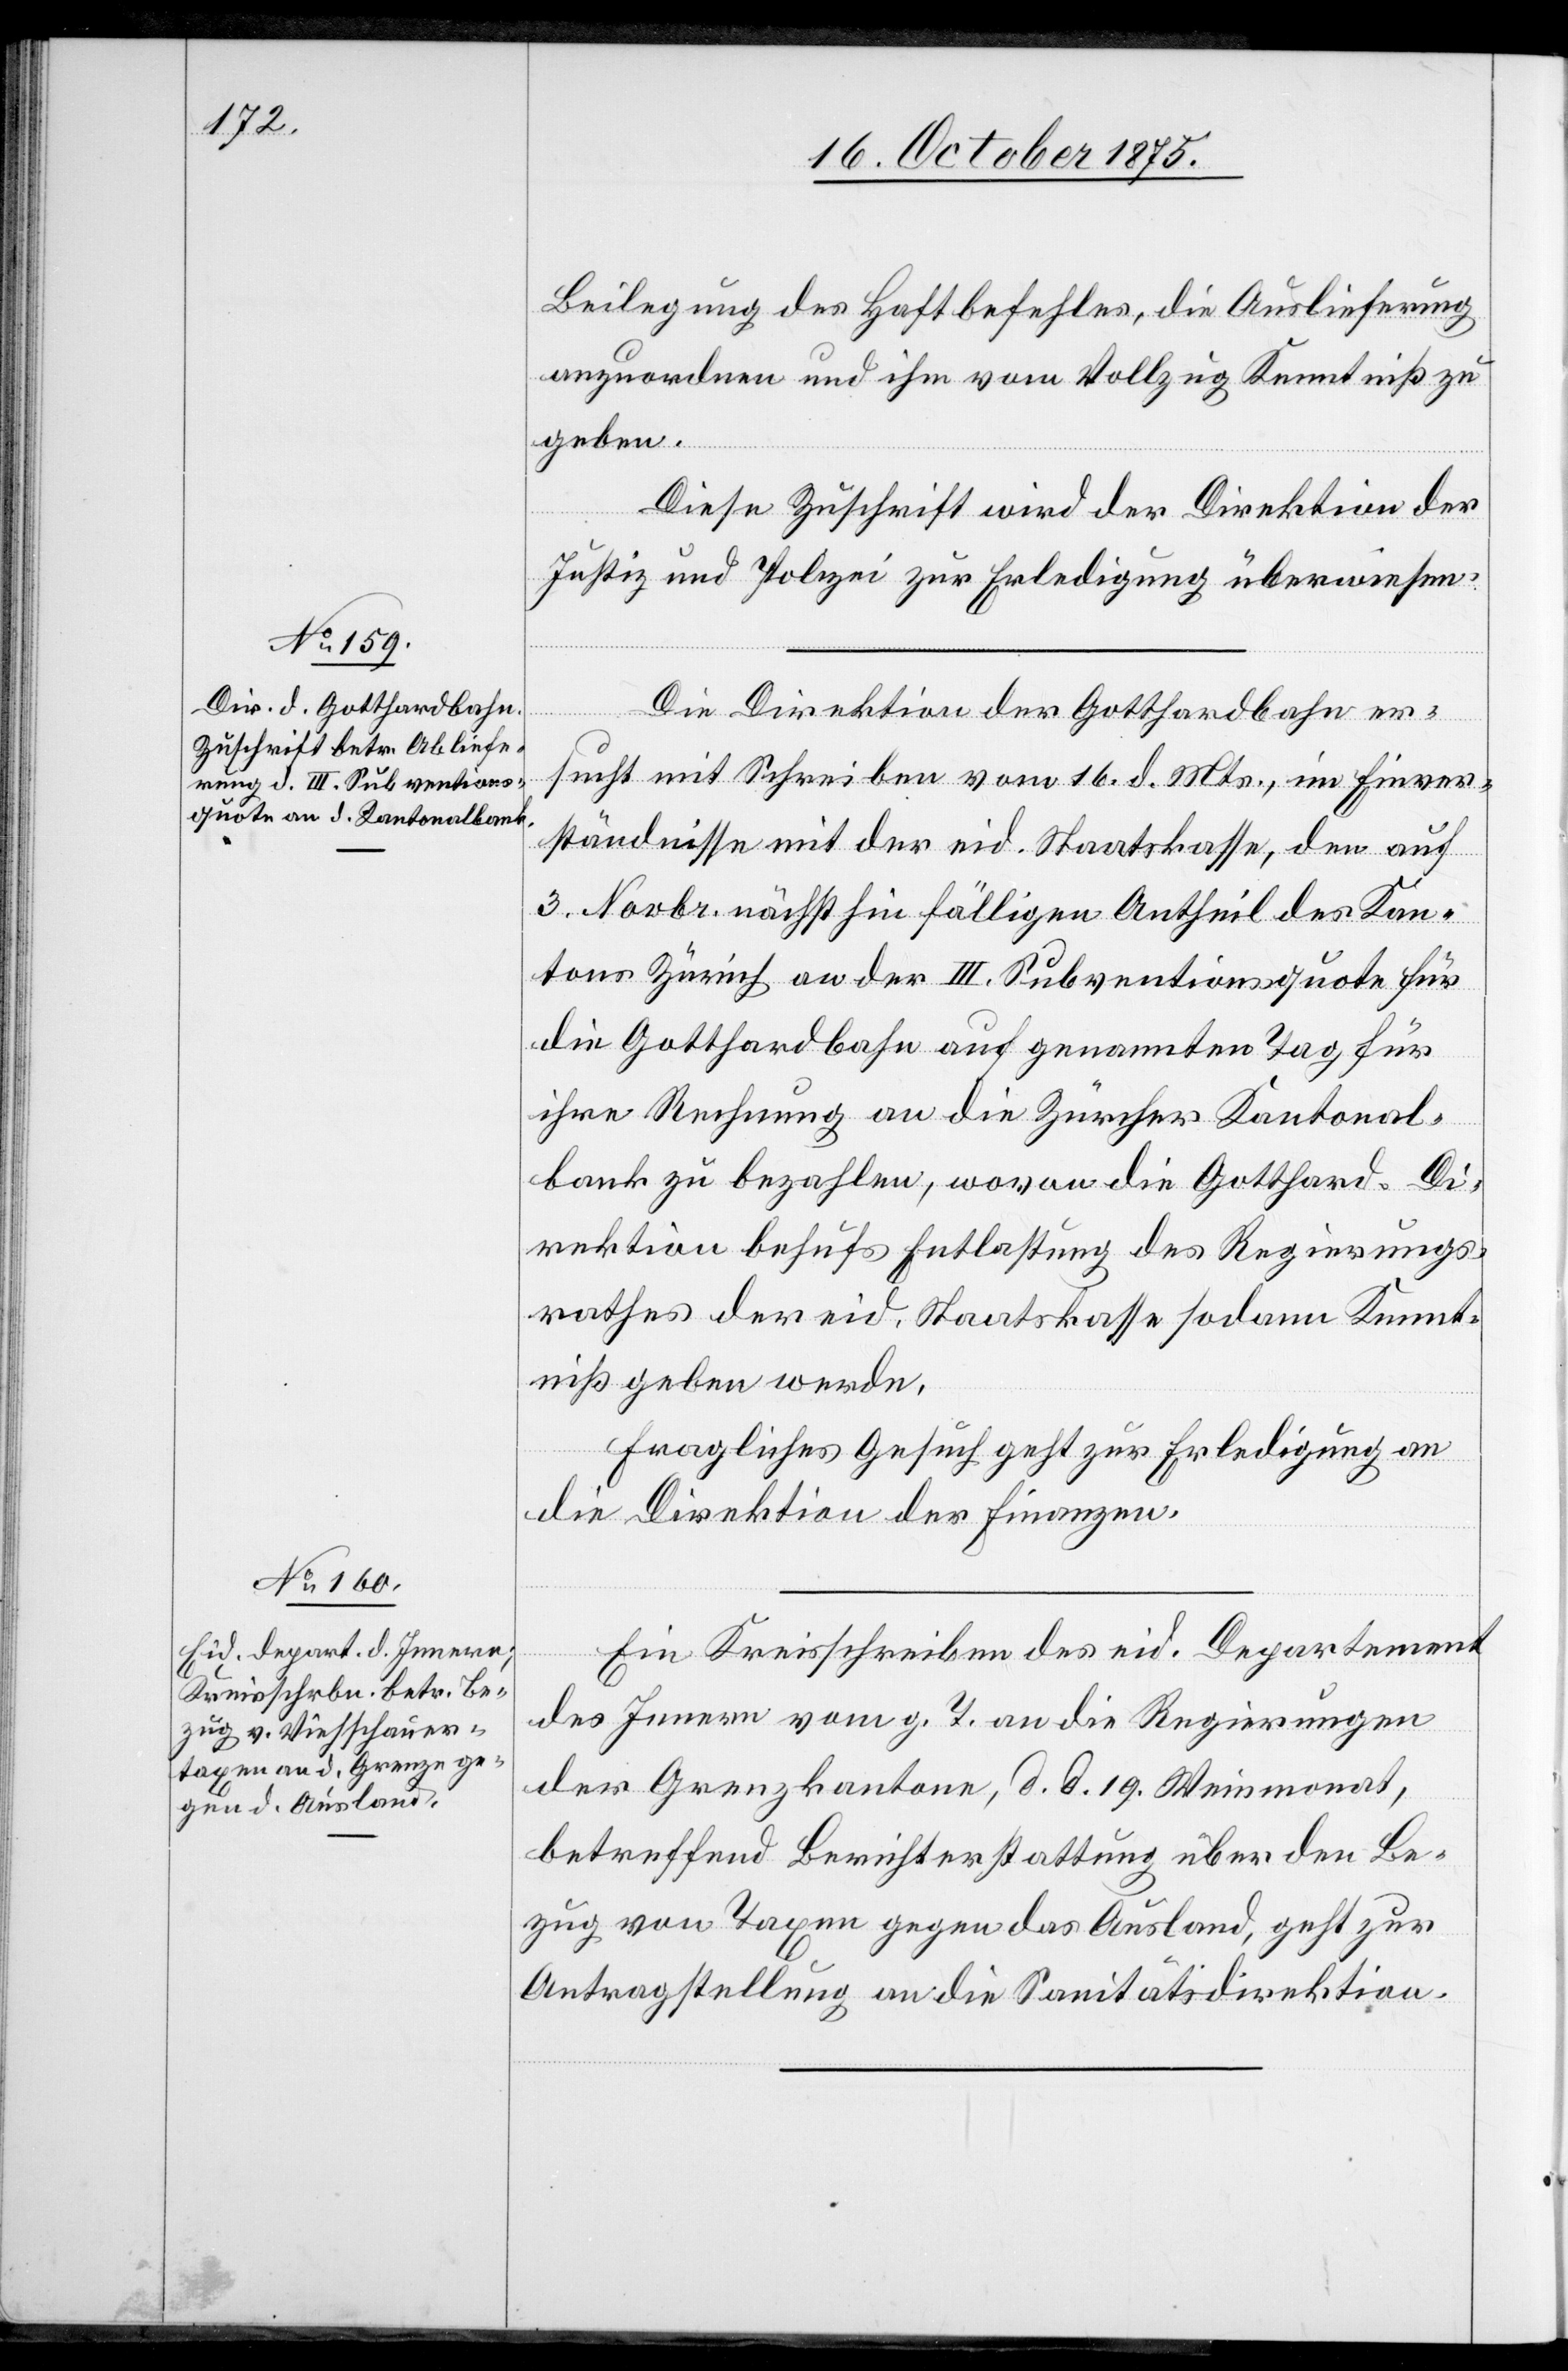
20. October 1875.]
Beilegung des Haftbefehles, die Auslieferung
anzuordnen und ihm vom Vollzug Kenntniß zu
geben.
Diese Zuschrift wird der Direktion der
Justiz und Polizei zur Erledigung überwiesen.
Departement
Die Direktion der Gotthardbahn er¬
des
sucht mit Schreiben vom 16. d. Mts., im Einver¬
ständnisse mit der eid. Staatskasse, den auf
3. Novbr. nächsthin fälligen Antheil des Kan¬
tons Zürich an der III. Subventionsquote für
die Gotthardbahn auf genannten Tag für
ihre Rechnung an die Zürcher Kantonal¬
bank zu bezahlen, wovon die Gotthard-Di¬
rektion behufs Entlastung des Regierungs¬
rathes der eid. Staatskasse sodann Kennt¬
niß geben werde.
Fragliches Gesuch geht zur Erledigung an
die Direktion der Finanzen.
des Innern vom g. T. an die Regierungen
der Grenzkantone, d. d. 19. Weinmonat,
betreffend Berichterstattung über den Be¬
zug von Taxen gegen das Ausland, geht zur
Antragstellung an die Sanitätsdirektion.